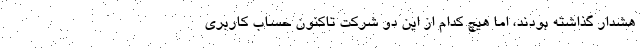
هشدار گذاشته بودند، اما هیچ کدام از این دو شرکت تاکنون حساب کاربری